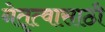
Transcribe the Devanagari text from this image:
नेतृत्वासाठी